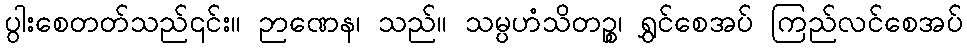
ပွါးစေတတ်သည်၎င်း။ ဉာဏေန၊ သည်။ သမ္ပဟံသိတဉ္စ၊ ရွှင်စေအပ် ကြည်လင်စေအပ်